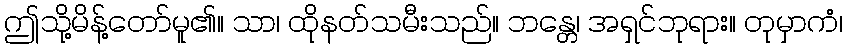
ဤသို့မိန့်တော်မူ၏။ သာ၊ ထိုနတ်သမီးသည်။ ဘန္တေ၊ အရှင်ဘုရား။ တုမှာကံ၊